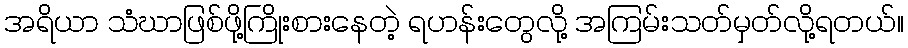
အရိယာ သံဃာဖြစ်ဖို့ကြိုးစားနေတဲ့ ရဟန်းတွေလို့ အကြမ်းသတ်မှတ်လို့ရတယ်။